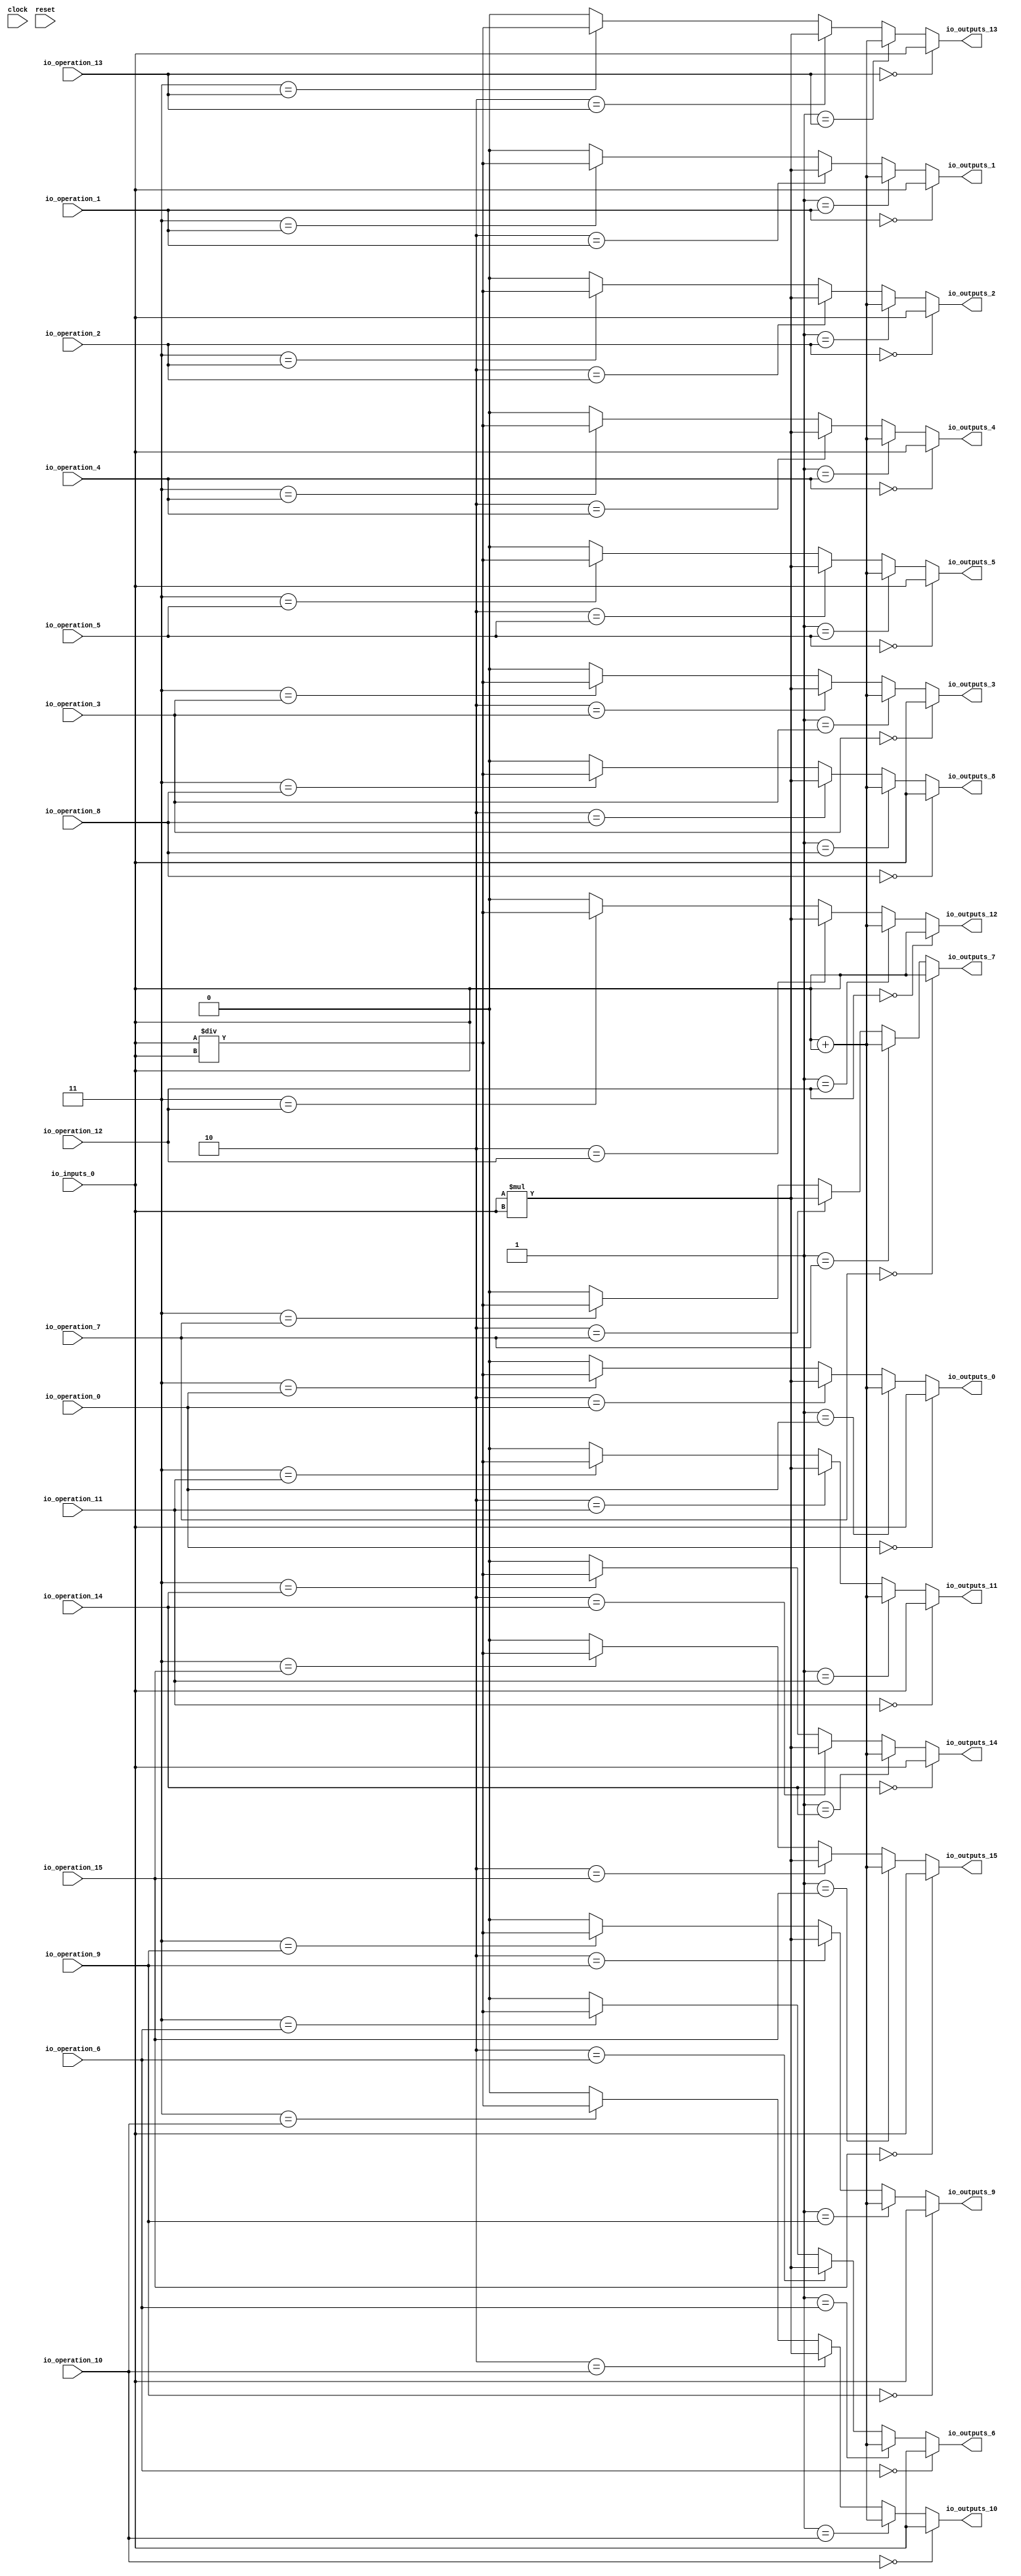
module MuxTest_width_1_inputs_1_outputs_16_pipeline_0( // @[:@3.2]
  input        clock, // @[:@4.4]
  input        reset, // @[:@5.4]
  input  [2:0] io_operation_0, // @[:@6.4]
  input  [2:0] io_operation_1, // @[:@6.4]
  input  [2:0] io_operation_2, // @[:@6.4]
  input  [2:0] io_operation_3, // @[:@6.4]
  input  [2:0] io_operation_4, // @[:@6.4]
  input  [2:0] io_operation_5, // @[:@6.4]
  input  [2:0] io_operation_6, // @[:@6.4]
  input  [2:0] io_operation_7, // @[:@6.4]
  input  [2:0] io_operation_8, // @[:@6.4]
  input  [2:0] io_operation_9, // @[:@6.4]
  input  [2:0] io_operation_10, // @[:@6.4]
  input  [2:0] io_operation_11, // @[:@6.4]
  input  [2:0] io_operation_12, // @[:@6.4]
  input  [2:0] io_operation_13, // @[:@6.4]
  input  [2:0] io_operation_14, // @[:@6.4]
  input  [2:0] io_operation_15, // @[:@6.4]
  input        io_inputs_0, // @[:@6.4]
  output       io_outputs_0, // @[:@6.4]
  output       io_outputs_1, // @[:@6.4]
  output       io_outputs_2, // @[:@6.4]
  output       io_outputs_3, // @[:@6.4]
  output       io_outputs_4, // @[:@6.4]
  output       io_outputs_5, // @[:@6.4]
  output       io_outputs_6, // @[:@6.4]
  output       io_outputs_7, // @[:@6.4]
  output       io_outputs_8, // @[:@6.4]
  output       io_outputs_9, // @[:@6.4]
  output       io_outputs_10, // @[:@6.4]
  output       io_outputs_11, // @[:@6.4]
  output       io_outputs_12, // @[:@6.4]
  output       io_outputs_13, // @[:@6.4]
  output       io_outputs_14, // @[:@6.4]
  output       io_outputs_15 // @[:@6.4]
);
  wire [1:0] _T_724; // @[MuxTest_width_1_inputs_1_outputs_16_pipeline_0s.scala 32:53:@8.4]
  wire  _T_725; // @[MuxTest_width_1_inputs_1_outputs_16_pipeline_0s.scala 32:53:@9.4]
  wire [1:0] _T_727; // @[MuxTest_width_1_inputs_1_outputs_16_pipeline_0s.scala 33:58:@10.4]
  wire  _T_729; // @[MuxTest_width_1_inputs_1_outputs_16_pipeline_0s.scala 34:56:@11.4]
  wire  _T_730; // @[Mux.scala 46:19:@12.4]
  wire  _T_731; // @[Mux.scala 46:16:@13.4]
  wire  _T_732; // @[Mux.scala 46:19:@14.4]
  wire [1:0] _T_733; // @[Mux.scala 46:16:@15.4]
  wire  _T_734; // @[Mux.scala 46:19:@16.4]
  wire [1:0] _T_735; // @[Mux.scala 46:16:@17.4]
  wire  _T_736; // @[Mux.scala 46:19:@18.4]
  wire [1:0] _T_737; // @[Mux.scala 46:16:@19.4]
  wire  _T_747; // @[Mux.scala 46:19:@24.4]
  wire  _T_748; // @[Mux.scala 46:16:@25.4]
  wire  _T_749; // @[Mux.scala 46:19:@26.4]
  wire [1:0] _T_750; // @[Mux.scala 46:16:@27.4]
  wire  _T_751; // @[Mux.scala 46:19:@28.4]
  wire [1:0] _T_752; // @[Mux.scala 46:16:@29.4]
  wire  _T_753; // @[Mux.scala 46:19:@30.4]
  wire [1:0] _T_754; // @[Mux.scala 46:16:@31.4]
  wire  _T_764; // @[Mux.scala 46:19:@36.4]
  wire  _T_765; // @[Mux.scala 46:16:@37.4]
  wire  _T_766; // @[Mux.scala 46:19:@38.4]
  wire [1:0] _T_767; // @[Mux.scala 46:16:@39.4]
  wire  _T_768; // @[Mux.scala 46:19:@40.4]
  wire [1:0] _T_769; // @[Mux.scala 46:16:@41.4]
  wire  _T_770; // @[Mux.scala 46:19:@42.4]
  wire [1:0] _T_771; // @[Mux.scala 46:16:@43.4]
  wire  _T_781; // @[Mux.scala 46:19:@48.4]
  wire  _T_782; // @[Mux.scala 46:16:@49.4]
  wire  _T_783; // @[Mux.scala 46:19:@50.4]
  wire [1:0] _T_784; // @[Mux.scala 46:16:@51.4]
  wire  _T_785; // @[Mux.scala 46:19:@52.4]
  wire [1:0] _T_786; // @[Mux.scala 46:16:@53.4]
  wire  _T_787; // @[Mux.scala 46:19:@54.4]
  wire [1:0] _T_788; // @[Mux.scala 46:16:@55.4]
  wire  _T_798; // @[Mux.scala 46:19:@60.4]
  wire  _T_799; // @[Mux.scala 46:16:@61.4]
  wire  _T_800; // @[Mux.scala 46:19:@62.4]
  wire [1:0] _T_801; // @[Mux.scala 46:16:@63.4]
  wire  _T_802; // @[Mux.scala 46:19:@64.4]
  wire [1:0] _T_803; // @[Mux.scala 46:16:@65.4]
  wire  _T_804; // @[Mux.scala 46:19:@66.4]
  wire [1:0] _T_805; // @[Mux.scala 46:16:@67.4]
  wire  _T_815; // @[Mux.scala 46:19:@72.4]
  wire  _T_816; // @[Mux.scala 46:16:@73.4]
  wire  _T_817; // @[Mux.scala 46:19:@74.4]
  wire [1:0] _T_818; // @[Mux.scala 46:16:@75.4]
  wire  _T_819; // @[Mux.scala 46:19:@76.4]
  wire [1:0] _T_820; // @[Mux.scala 46:16:@77.4]
  wire  _T_821; // @[Mux.scala 46:19:@78.4]
  wire [1:0] _T_822; // @[Mux.scala 46:16:@79.4]
  wire  _T_832; // @[Mux.scala 46:19:@84.4]
  wire  _T_833; // @[Mux.scala 46:16:@85.4]
  wire  _T_834; // @[Mux.scala 46:19:@86.4]
  wire [1:0] _T_835; // @[Mux.scala 46:16:@87.4]
  wire  _T_836; // @[Mux.scala 46:19:@88.4]
  wire [1:0] _T_837; // @[Mux.scala 46:16:@89.4]
  wire  _T_838; // @[Mux.scala 46:19:@90.4]
  wire [1:0] _T_839; // @[Mux.scala 46:16:@91.4]
  wire  _T_849; // @[Mux.scala 46:19:@96.4]
  wire  _T_850; // @[Mux.scala 46:16:@97.4]
  wire  _T_851; // @[Mux.scala 46:19:@98.4]
  wire [1:0] _T_852; // @[Mux.scala 46:16:@99.4]
  wire  _T_853; // @[Mux.scala 46:19:@100.4]
  wire [1:0] _T_854; // @[Mux.scala 46:16:@101.4]
  wire  _T_855; // @[Mux.scala 46:19:@102.4]
  wire [1:0] _T_856; // @[Mux.scala 46:16:@103.4]
  wire  _T_866; // @[Mux.scala 46:19:@108.4]
  wire  _T_867; // @[Mux.scala 46:16:@109.4]
  wire  _T_868; // @[Mux.scala 46:19:@110.4]
  wire [1:0] _T_869; // @[Mux.scala 46:16:@111.4]
  wire  _T_870; // @[Mux.scala 46:19:@112.4]
  wire [1:0] _T_871; // @[Mux.scala 46:16:@113.4]
  wire  _T_872; // @[Mux.scala 46:19:@114.4]
  wire [1:0] _T_873; // @[Mux.scala 46:16:@115.4]
  wire  _T_883; // @[Mux.scala 46:19:@120.4]
  wire  _T_884; // @[Mux.scala 46:16:@121.4]
  wire  _T_885; // @[Mux.scala 46:19:@122.4]
  wire [1:0] _T_886; // @[Mux.scala 46:16:@123.4]
  wire  _T_887; // @[Mux.scala 46:19:@124.4]
  wire [1:0] _T_888; // @[Mux.scala 46:16:@125.4]
  wire  _T_889; // @[Mux.scala 46:19:@126.4]
  wire [1:0] _T_890; // @[Mux.scala 46:16:@127.4]
  wire  _T_900; // @[Mux.scala 46:19:@132.4]
  wire  _T_901; // @[Mux.scala 46:16:@133.4]
  wire  _T_902; // @[Mux.scala 46:19:@134.4]
  wire [1:0] _T_903; // @[Mux.scala 46:16:@135.4]
  wire  _T_904; // @[Mux.scala 46:19:@136.4]
  wire [1:0] _T_905; // @[Mux.scala 46:16:@137.4]
  wire  _T_906; // @[Mux.scala 46:19:@138.4]
  wire [1:0] _T_907; // @[Mux.scala 46:16:@139.4]
  wire  _T_917; // @[Mux.scala 46:19:@144.4]
  wire  _T_918; // @[Mux.scala 46:16:@145.4]
  wire  _T_919; // @[Mux.scala 46:19:@146.4]
  wire [1:0] _T_920; // @[Mux.scala 46:16:@147.4]
  wire  _T_921; // @[Mux.scala 46:19:@148.4]
  wire [1:0] _T_922; // @[Mux.scala 46:16:@149.4]
  wire  _T_923; // @[Mux.scala 46:19:@150.4]
  wire [1:0] _T_924; // @[Mux.scala 46:16:@151.4]
  wire  _T_934; // @[Mux.scala 46:19:@156.4]
  wire  _T_935; // @[Mux.scala 46:16:@157.4]
  wire  _T_936; // @[Mux.scala 46:19:@158.4]
  wire [1:0] _T_937; // @[Mux.scala 46:16:@159.4]
  wire  _T_938; // @[Mux.scala 46:19:@160.4]
  wire [1:0] _T_939; // @[Mux.scala 46:16:@161.4]
  wire  _T_940; // @[Mux.scala 46:19:@162.4]
  wire [1:0] _T_941; // @[Mux.scala 46:16:@163.4]
  wire  _T_951; // @[Mux.scala 46:19:@168.4]
  wire  _T_952; // @[Mux.scala 46:16:@169.4]
  wire  _T_953; // @[Mux.scala 46:19:@170.4]
  wire [1:0] _T_954; // @[Mux.scala 46:16:@171.4]
  wire  _T_955; // @[Mux.scala 46:19:@172.4]
  wire [1:0] _T_956; // @[Mux.scala 46:16:@173.4]
  wire  _T_957; // @[Mux.scala 46:19:@174.4]
  wire [1:0] _T_958; // @[Mux.scala 46:16:@175.4]
  wire  _T_968; // @[Mux.scala 46:19:@180.4]
  wire  _T_969; // @[Mux.scala 46:16:@181.4]
  wire  _T_970; // @[Mux.scala 46:19:@182.4]
  wire [1:0] _T_971; // @[Mux.scala 46:16:@183.4]
  wire  _T_972; // @[Mux.scala 46:19:@184.4]
  wire [1:0] _T_973; // @[Mux.scala 46:16:@185.4]
  wire  _T_974; // @[Mux.scala 46:19:@186.4]
  wire [1:0] _T_975; // @[Mux.scala 46:16:@187.4]
  wire  _T_985; // @[Mux.scala 46:19:@192.4]
  wire  _T_986; // @[Mux.scala 46:16:@193.4]
  wire  _T_987; // @[Mux.scala 46:19:@194.4]
  wire [1:0] _T_988; // @[Mux.scala 46:16:@195.4]
  wire  _T_989; // @[Mux.scala 46:19:@196.4]
  wire [1:0] _T_990; // @[Mux.scala 46:16:@197.4]
  wire  _T_991; // @[Mux.scala 46:19:@198.4]
  wire [1:0] _T_992; // @[Mux.scala 46:16:@199.4]
  assign _T_724 = io_inputs_0 + io_inputs_0; // @[MuxTest_width_1_inputs_1_outputs_16_pipeline_0s.scala 32:53:@8.4]
  assign _T_725 = io_inputs_0 + io_inputs_0; // @[MuxTest_width_1_inputs_1_outputs_16_pipeline_0s.scala 32:53:@9.4]
  assign _T_727 = io_inputs_0 * io_inputs_0; // @[MuxTest_width_1_inputs_1_outputs_16_pipeline_0s.scala 33:58:@10.4]
  assign _T_729 = io_inputs_0 / io_inputs_0; // @[MuxTest_width_1_inputs_1_outputs_16_pipeline_0s.scala 34:56:@11.4]
  assign _T_730 = 3'h3 == io_operation_0; // @[Mux.scala 46:19:@12.4]
  assign _T_731 = _T_730 ? _T_729 : 1'h0; // @[Mux.scala 46:16:@13.4]
  assign _T_732 = 3'h2 == io_operation_0; // @[Mux.scala 46:19:@14.4]
  assign _T_733 = _T_732 ? _T_727 : {{1'd0}, _T_731}; // @[Mux.scala 46:16:@15.4]
  assign _T_734 = 3'h1 == io_operation_0; // @[Mux.scala 46:19:@16.4]
  assign _T_735 = _T_734 ? {{1'd0}, _T_725} : _T_733; // @[Mux.scala 46:16:@17.4]
  assign _T_736 = 3'h0 == io_operation_0; // @[Mux.scala 46:19:@18.4]
  assign _T_737 = _T_736 ? {{1'd0}, io_inputs_0} : _T_735; // @[Mux.scala 46:16:@19.4]
  assign _T_747 = 3'h3 == io_operation_1; // @[Mux.scala 46:19:@24.4]
  assign _T_748 = _T_747 ? _T_729 : 1'h0; // @[Mux.scala 46:16:@25.4]
  assign _T_749 = 3'h2 == io_operation_1; // @[Mux.scala 46:19:@26.4]
  assign _T_750 = _T_749 ? _T_727 : {{1'd0}, _T_748}; // @[Mux.scala 46:16:@27.4]
  assign _T_751 = 3'h1 == io_operation_1; // @[Mux.scala 46:19:@28.4]
  assign _T_752 = _T_751 ? {{1'd0}, _T_725} : _T_750; // @[Mux.scala 46:16:@29.4]
  assign _T_753 = 3'h0 == io_operation_1; // @[Mux.scala 46:19:@30.4]
  assign _T_754 = _T_753 ? {{1'd0}, io_inputs_0} : _T_752; // @[Mux.scala 46:16:@31.4]
  assign _T_764 = 3'h3 == io_operation_2; // @[Mux.scala 46:19:@36.4]
  assign _T_765 = _T_764 ? _T_729 : 1'h0; // @[Mux.scala 46:16:@37.4]
  assign _T_766 = 3'h2 == io_operation_2; // @[Mux.scala 46:19:@38.4]
  assign _T_767 = _T_766 ? _T_727 : {{1'd0}, _T_765}; // @[Mux.scala 46:16:@39.4]
  assign _T_768 = 3'h1 == io_operation_2; // @[Mux.scala 46:19:@40.4]
  assign _T_769 = _T_768 ? {{1'd0}, _T_725} : _T_767; // @[Mux.scala 46:16:@41.4]
  assign _T_770 = 3'h0 == io_operation_2; // @[Mux.scala 46:19:@42.4]
  assign _T_771 = _T_770 ? {{1'd0}, io_inputs_0} : _T_769; // @[Mux.scala 46:16:@43.4]
  assign _T_781 = 3'h3 == io_operation_3; // @[Mux.scala 46:19:@48.4]
  assign _T_782 = _T_781 ? _T_729 : 1'h0; // @[Mux.scala 46:16:@49.4]
  assign _T_783 = 3'h2 == io_operation_3; // @[Mux.scala 46:19:@50.4]
  assign _T_784 = _T_783 ? _T_727 : {{1'd0}, _T_782}; // @[Mux.scala 46:16:@51.4]
  assign _T_785 = 3'h1 == io_operation_3; // @[Mux.scala 46:19:@52.4]
  assign _T_786 = _T_785 ? {{1'd0}, _T_725} : _T_784; // @[Mux.scala 46:16:@53.4]
  assign _T_787 = 3'h0 == io_operation_3; // @[Mux.scala 46:19:@54.4]
  assign _T_788 = _T_787 ? {{1'd0}, io_inputs_0} : _T_786; // @[Mux.scala 46:16:@55.4]
  assign _T_798 = 3'h3 == io_operation_4; // @[Mux.scala 46:19:@60.4]
  assign _T_799 = _T_798 ? _T_729 : 1'h0; // @[Mux.scala 46:16:@61.4]
  assign _T_800 = 3'h2 == io_operation_4; // @[Mux.scala 46:19:@62.4]
  assign _T_801 = _T_800 ? _T_727 : {{1'd0}, _T_799}; // @[Mux.scala 46:16:@63.4]
  assign _T_802 = 3'h1 == io_operation_4; // @[Mux.scala 46:19:@64.4]
  assign _T_803 = _T_802 ? {{1'd0}, _T_725} : _T_801; // @[Mux.scala 46:16:@65.4]
  assign _T_804 = 3'h0 == io_operation_4; // @[Mux.scala 46:19:@66.4]
  assign _T_805 = _T_804 ? {{1'd0}, io_inputs_0} : _T_803; // @[Mux.scala 46:16:@67.4]
  assign _T_815 = 3'h3 == io_operation_5; // @[Mux.scala 46:19:@72.4]
  assign _T_816 = _T_815 ? _T_729 : 1'h0; // @[Mux.scala 46:16:@73.4]
  assign _T_817 = 3'h2 == io_operation_5; // @[Mux.scala 46:19:@74.4]
  assign _T_818 = _T_817 ? _T_727 : {{1'd0}, _T_816}; // @[Mux.scala 46:16:@75.4]
  assign _T_819 = 3'h1 == io_operation_5; // @[Mux.scala 46:19:@76.4]
  assign _T_820 = _T_819 ? {{1'd0}, _T_725} : _T_818; // @[Mux.scala 46:16:@77.4]
  assign _T_821 = 3'h0 == io_operation_5; // @[Mux.scala 46:19:@78.4]
  assign _T_822 = _T_821 ? {{1'd0}, io_inputs_0} : _T_820; // @[Mux.scala 46:16:@79.4]
  assign _T_832 = 3'h3 == io_operation_6; // @[Mux.scala 46:19:@84.4]
  assign _T_833 = _T_832 ? _T_729 : 1'h0; // @[Mux.scala 46:16:@85.4]
  assign _T_834 = 3'h2 == io_operation_6; // @[Mux.scala 46:19:@86.4]
  assign _T_835 = _T_834 ? _T_727 : {{1'd0}, _T_833}; // @[Mux.scala 46:16:@87.4]
  assign _T_836 = 3'h1 == io_operation_6; // @[Mux.scala 46:19:@88.4]
  assign _T_837 = _T_836 ? {{1'd0}, _T_725} : _T_835; // @[Mux.scala 46:16:@89.4]
  assign _T_838 = 3'h0 == io_operation_6; // @[Mux.scala 46:19:@90.4]
  assign _T_839 = _T_838 ? {{1'd0}, io_inputs_0} : _T_837; // @[Mux.scala 46:16:@91.4]
  assign _T_849 = 3'h3 == io_operation_7; // @[Mux.scala 46:19:@96.4]
  assign _T_850 = _T_849 ? _T_729 : 1'h0; // @[Mux.scala 46:16:@97.4]
  assign _T_851 = 3'h2 == io_operation_7; // @[Mux.scala 46:19:@98.4]
  assign _T_852 = _T_851 ? _T_727 : {{1'd0}, _T_850}; // @[Mux.scala 46:16:@99.4]
  assign _T_853 = 3'h1 == io_operation_7; // @[Mux.scala 46:19:@100.4]
  assign _T_854 = _T_853 ? {{1'd0}, _T_725} : _T_852; // @[Mux.scala 46:16:@101.4]
  assign _T_855 = 3'h0 == io_operation_7; // @[Mux.scala 46:19:@102.4]
  assign _T_856 = _T_855 ? {{1'd0}, io_inputs_0} : _T_854; // @[Mux.scala 46:16:@103.4]
  assign _T_866 = 3'h3 == io_operation_8; // @[Mux.scala 46:19:@108.4]
  assign _T_867 = _T_866 ? _T_729 : 1'h0; // @[Mux.scala 46:16:@109.4]
  assign _T_868 = 3'h2 == io_operation_8; // @[Mux.scala 46:19:@110.4]
  assign _T_869 = _T_868 ? _T_727 : {{1'd0}, _T_867}; // @[Mux.scala 46:16:@111.4]
  assign _T_870 = 3'h1 == io_operation_8; // @[Mux.scala 46:19:@112.4]
  assign _T_871 = _T_870 ? {{1'd0}, _T_725} : _T_869; // @[Mux.scala 46:16:@113.4]
  assign _T_872 = 3'h0 == io_operation_8; // @[Mux.scala 46:19:@114.4]
  assign _T_873 = _T_872 ? {{1'd0}, io_inputs_0} : _T_871; // @[Mux.scala 46:16:@115.4]
  assign _T_883 = 3'h3 == io_operation_9; // @[Mux.scala 46:19:@120.4]
  assign _T_884 = _T_883 ? _T_729 : 1'h0; // @[Mux.scala 46:16:@121.4]
  assign _T_885 = 3'h2 == io_operation_9; // @[Mux.scala 46:19:@122.4]
  assign _T_886 = _T_885 ? _T_727 : {{1'd0}, _T_884}; // @[Mux.scala 46:16:@123.4]
  assign _T_887 = 3'h1 == io_operation_9; // @[Mux.scala 46:19:@124.4]
  assign _T_888 = _T_887 ? {{1'd0}, _T_725} : _T_886; // @[Mux.scala 46:16:@125.4]
  assign _T_889 = 3'h0 == io_operation_9; // @[Mux.scala 46:19:@126.4]
  assign _T_890 = _T_889 ? {{1'd0}, io_inputs_0} : _T_888; // @[Mux.scala 46:16:@127.4]
  assign _T_900 = 3'h3 == io_operation_10; // @[Mux.scala 46:19:@132.4]
  assign _T_901 = _T_900 ? _T_729 : 1'h0; // @[Mux.scala 46:16:@133.4]
  assign _T_902 = 3'h2 == io_operation_10; // @[Mux.scala 46:19:@134.4]
  assign _T_903 = _T_902 ? _T_727 : {{1'd0}, _T_901}; // @[Mux.scala 46:16:@135.4]
  assign _T_904 = 3'h1 == io_operation_10; // @[Mux.scala 46:19:@136.4]
  assign _T_905 = _T_904 ? {{1'd0}, _T_725} : _T_903; // @[Mux.scala 46:16:@137.4]
  assign _T_906 = 3'h0 == io_operation_10; // @[Mux.scala 46:19:@138.4]
  assign _T_907 = _T_906 ? {{1'd0}, io_inputs_0} : _T_905; // @[Mux.scala 46:16:@139.4]
  assign _T_917 = 3'h3 == io_operation_11; // @[Mux.scala 46:19:@144.4]
  assign _T_918 = _T_917 ? _T_729 : 1'h0; // @[Mux.scala 46:16:@145.4]
  assign _T_919 = 3'h2 == io_operation_11; // @[Mux.scala 46:19:@146.4]
  assign _T_920 = _T_919 ? _T_727 : {{1'd0}, _T_918}; // @[Mux.scala 46:16:@147.4]
  assign _T_921 = 3'h1 == io_operation_11; // @[Mux.scala 46:19:@148.4]
  assign _T_922 = _T_921 ? {{1'd0}, _T_725} : _T_920; // @[Mux.scala 46:16:@149.4]
  assign _T_923 = 3'h0 == io_operation_11; // @[Mux.scala 46:19:@150.4]
  assign _T_924 = _T_923 ? {{1'd0}, io_inputs_0} : _T_922; // @[Mux.scala 46:16:@151.4]
  assign _T_934 = 3'h3 == io_operation_12; // @[Mux.scala 46:19:@156.4]
  assign _T_935 = _T_934 ? _T_729 : 1'h0; // @[Mux.scala 46:16:@157.4]
  assign _T_936 = 3'h2 == io_operation_12; // @[Mux.scala 46:19:@158.4]
  assign _T_937 = _T_936 ? _T_727 : {{1'd0}, _T_935}; // @[Mux.scala 46:16:@159.4]
  assign _T_938 = 3'h1 == io_operation_12; // @[Mux.scala 46:19:@160.4]
  assign _T_939 = _T_938 ? {{1'd0}, _T_725} : _T_937; // @[Mux.scala 46:16:@161.4]
  assign _T_940 = 3'h0 == io_operation_12; // @[Mux.scala 46:19:@162.4]
  assign _T_941 = _T_940 ? {{1'd0}, io_inputs_0} : _T_939; // @[Mux.scala 46:16:@163.4]
  assign _T_951 = 3'h3 == io_operation_13; // @[Mux.scala 46:19:@168.4]
  assign _T_952 = _T_951 ? _T_729 : 1'h0; // @[Mux.scala 46:16:@169.4]
  assign _T_953 = 3'h2 == io_operation_13; // @[Mux.scala 46:19:@170.4]
  assign _T_954 = _T_953 ? _T_727 : {{1'd0}, _T_952}; // @[Mux.scala 46:16:@171.4]
  assign _T_955 = 3'h1 == io_operation_13; // @[Mux.scala 46:19:@172.4]
  assign _T_956 = _T_955 ? {{1'd0}, _T_725} : _T_954; // @[Mux.scala 46:16:@173.4]
  assign _T_957 = 3'h0 == io_operation_13; // @[Mux.scala 46:19:@174.4]
  assign _T_958 = _T_957 ? {{1'd0}, io_inputs_0} : _T_956; // @[Mux.scala 46:16:@175.4]
  assign _T_968 = 3'h3 == io_operation_14; // @[Mux.scala 46:19:@180.4]
  assign _T_969 = _T_968 ? _T_729 : 1'h0; // @[Mux.scala 46:16:@181.4]
  assign _T_970 = 3'h2 == io_operation_14; // @[Mux.scala 46:19:@182.4]
  assign _T_971 = _T_970 ? _T_727 : {{1'd0}, _T_969}; // @[Mux.scala 46:16:@183.4]
  assign _T_972 = 3'h1 == io_operation_14; // @[Mux.scala 46:19:@184.4]
  assign _T_973 = _T_972 ? {{1'd0}, _T_725} : _T_971; // @[Mux.scala 46:16:@185.4]
  assign _T_974 = 3'h0 == io_operation_14; // @[Mux.scala 46:19:@186.4]
  assign _T_975 = _T_974 ? {{1'd0}, io_inputs_0} : _T_973; // @[Mux.scala 46:16:@187.4]
  assign _T_985 = 3'h3 == io_operation_15; // @[Mux.scala 46:19:@192.4]
  assign _T_986 = _T_985 ? _T_729 : 1'h0; // @[Mux.scala 46:16:@193.4]
  assign _T_987 = 3'h2 == io_operation_15; // @[Mux.scala 46:19:@194.4]
  assign _T_988 = _T_987 ? _T_727 : {{1'd0}, _T_986}; // @[Mux.scala 46:16:@195.4]
  assign _T_989 = 3'h1 == io_operation_15; // @[Mux.scala 46:19:@196.4]
  assign _T_990 = _T_989 ? {{1'd0}, _T_725} : _T_988; // @[Mux.scala 46:16:@197.4]
  assign _T_991 = 3'h0 == io_operation_15; // @[Mux.scala 46:19:@198.4]
  assign _T_992 = _T_991 ? {{1'd0}, io_inputs_0} : _T_990; // @[Mux.scala 46:16:@199.4]
  assign io_outputs_0 = _T_737[0]; // @[MuxTest_width_1_inputs_1_outputs_16_pipeline_0s.scala 23:14:@200.4]
  assign io_outputs_1 = _T_754[0]; // @[MuxTest_width_1_inputs_1_outputs_16_pipeline_0s.scala 23:14:@201.4]
  assign io_outputs_2 = _T_771[0]; // @[MuxTest_width_1_inputs_1_outputs_16_pipeline_0s.scala 23:14:@202.4]
  assign io_outputs_3 = _T_788[0]; // @[MuxTest_width_1_inputs_1_outputs_16_pipeline_0s.scala 23:14:@203.4]
  assign io_outputs_4 = _T_805[0]; // @[MuxTest_width_1_inputs_1_outputs_16_pipeline_0s.scala 23:14:@204.4]
  assign io_outputs_5 = _T_822[0]; // @[MuxTest_width_1_inputs_1_outputs_16_pipeline_0s.scala 23:14:@205.4]
  assign io_outputs_6 = _T_839[0]; // @[MuxTest_width_1_inputs_1_outputs_16_pipeline_0s.scala 23:14:@206.4]
  assign io_outputs_7 = _T_856[0]; // @[MuxTest_width_1_inputs_1_outputs_16_pipeline_0s.scala 23:14:@207.4]
  assign io_outputs_8 = _T_873[0]; // @[MuxTest_width_1_inputs_1_outputs_16_pipeline_0s.scala 23:14:@208.4]
  assign io_outputs_9 = _T_890[0]; // @[MuxTest_width_1_inputs_1_outputs_16_pipeline_0s.scala 23:14:@209.4]
  assign io_outputs_10 = _T_907[0]; // @[MuxTest_width_1_inputs_1_outputs_16_pipeline_0s.scala 23:14:@210.4]
  assign io_outputs_11 = _T_924[0]; // @[MuxTest_width_1_inputs_1_outputs_16_pipeline_0s.scala 23:14:@211.4]
  assign io_outputs_12 = _T_941[0]; // @[MuxTest_width_1_inputs_1_outputs_16_pipeline_0s.scala 23:14:@212.4]
  assign io_outputs_13 = _T_958[0]; // @[MuxTest_width_1_inputs_1_outputs_16_pipeline_0s.scala 23:14:@213.4]
  assign io_outputs_14 = _T_975[0]; // @[MuxTest_width_1_inputs_1_outputs_16_pipeline_0s.scala 23:14:@214.4]
  assign io_outputs_15 = _T_992[0]; // @[MuxTest_width_1_inputs_1_outputs_16_pipeline_0s.scala 23:14:@215.4]
endmodule